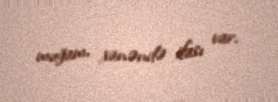
muğam, xanəndə ifası var.